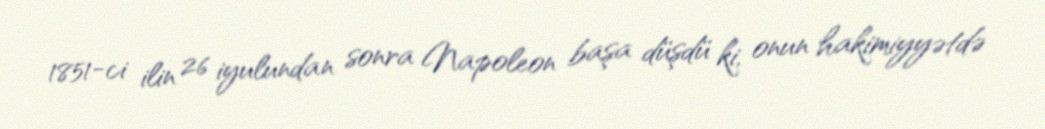
1851-ci ilin 26 iyulundan sonra Napoleon başa düşdü ki, onun hakimiyyətdə